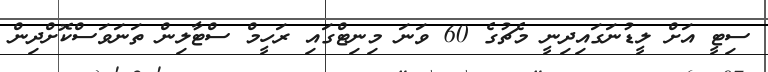
ސިޓީ އަށް ލީޑުނަގައިދިނީ މެޗުގެ 60 ވަނަ މިނިޓްގައި ރަހީމް ސްޓާލިން ތަނަވަސްކޮށްދިން